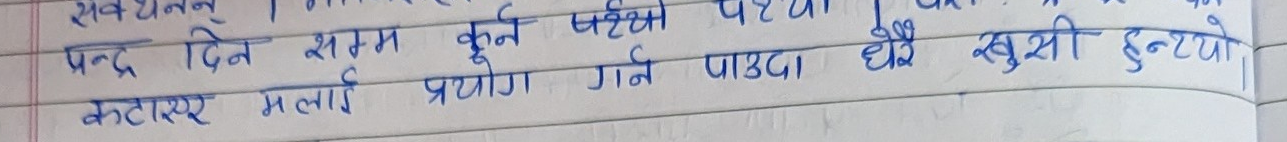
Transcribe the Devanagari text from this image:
पन्द्र दिन सम्म कुनै पचियो
कटाएर मलाई प्रयोग गर्न पाउदा धेरै खुसी हुन्थ्यो।